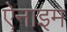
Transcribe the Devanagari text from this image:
ऐनाइम